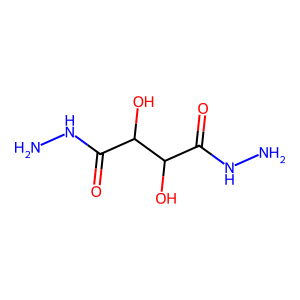
SMILES: NNC(=O)C(O)C(O)C(=O)NN
Inhibits HIV replication: No